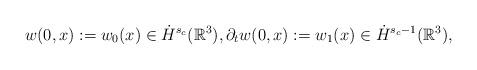
LaTeX: \begin{align*} w(0,x):=w_0(x)\in \dot{H}^{s_c}(\mathbb{R}^{3}),\partial_tw(0,x):=w_{1}(x) \in \dot{H}^{s_{c}-1}(\mathbb{R}^{3}),\end{align*}